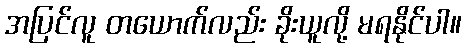
အပြင်လူ တယောက်လည်း ခိုးယူလို့ မရနိုင်ပါ။